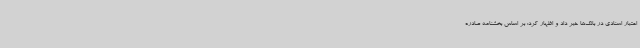
اعتبار اسنادی در بانک‌ها خبر داد و اظهار کرد: بر اساس بخشنامه صادره